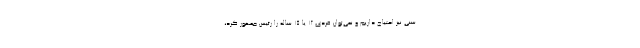
سنی نیز احتیاج داریم و نمی‌توان فردی ۱۲ یا ۱۵ ساله را رئیس جمهور کرد،